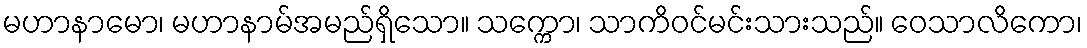
မဟာနာမော၊ မဟာနာမ်အမည်ရှိသော။ သက္ကော၊ သာကိဝင်မင်းသားသည်။ ဝေသာလိကော၊